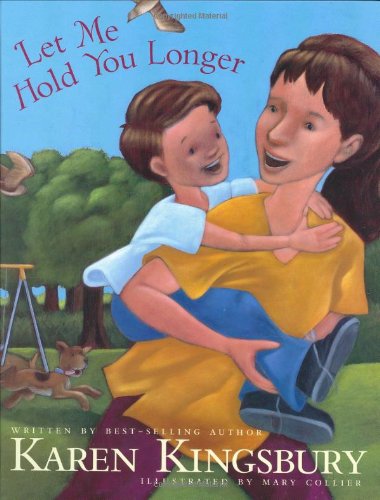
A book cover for Let Me Hold You Longer; Karen Kingsbury; Children's Books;